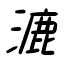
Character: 漉